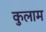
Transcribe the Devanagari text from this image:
कुलाम